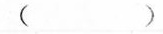
（）